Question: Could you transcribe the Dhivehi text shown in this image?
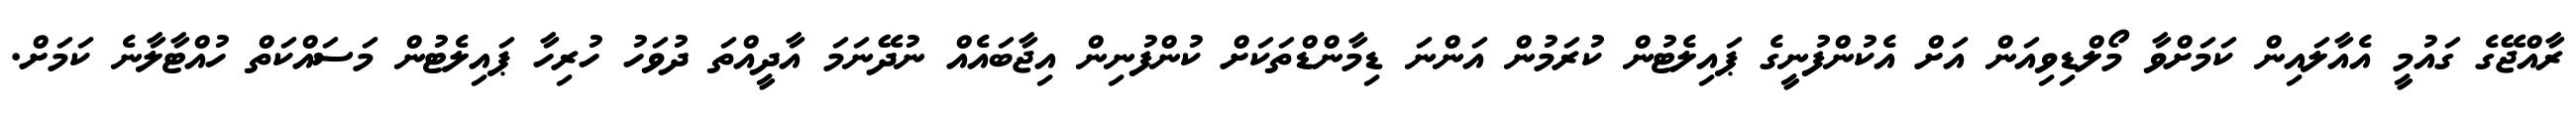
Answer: ރާއްޖޭގެ ގައުމީ އެއާލައިން ކަމަށްވާ މޯލްޑިވިއަން އަށް އެކުންފުނީގެ ޕައިލެޓުން ކުރަމުން އަންނަ ޑިމާންޑްތަކަށް ކުންފުނިން އިޖާބައެއް ނުދޭނަމަ އާދީއްތަ ދުވަހު ހުރިހާ ޕައިލެޓުން މަސައްކަތް ހުއްޓާލާނެ ކަމަށް.